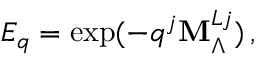
E _ { q } = \exp ( - q ^ { j } { \bf M } _ { \Lambda } ^ { L j } ) \, ,